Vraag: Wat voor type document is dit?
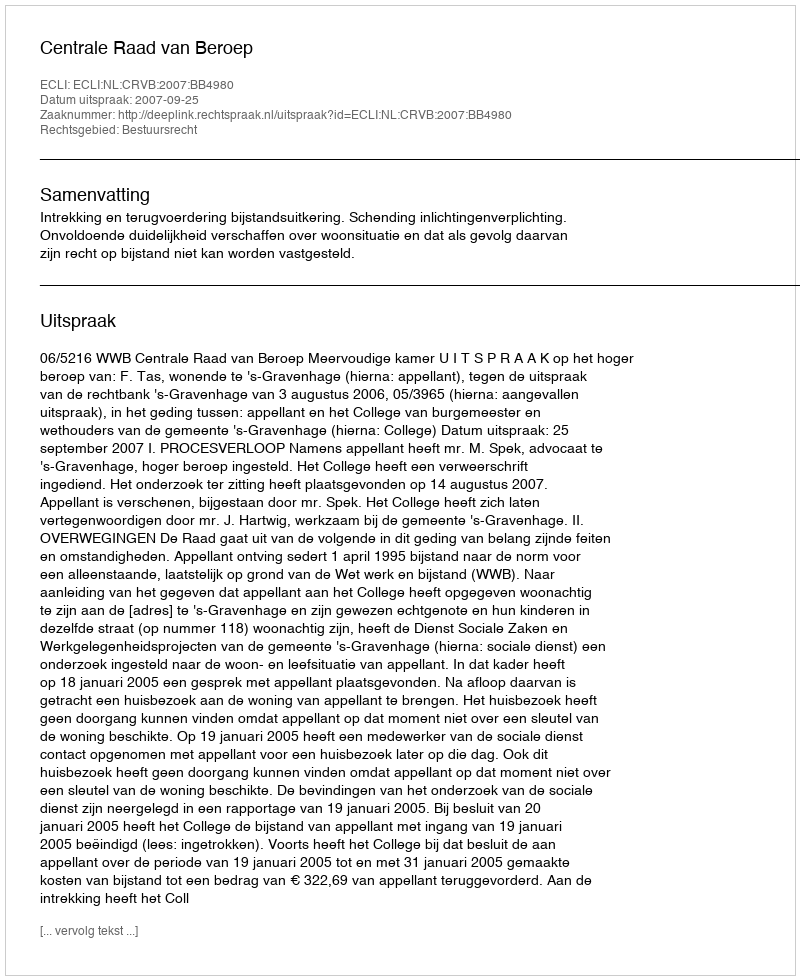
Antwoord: Uitspraak